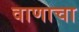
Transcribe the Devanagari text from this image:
वाणाचा